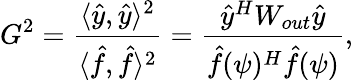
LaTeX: G^{2}=\frac{\langle\hat{y},\hat{y}\rangle^{2}}{\langle\hat{f},\hat{f}\rangle^{2}}=\frac{\hat{y}^{H}W_{out}\hat{y}}{\hat{f}(\psi)^{H}\hat{f}(\psi)},